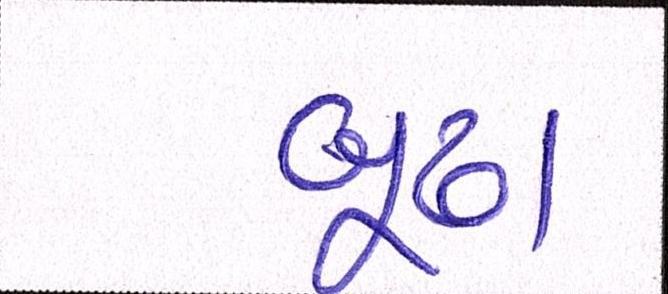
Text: બૂઢા